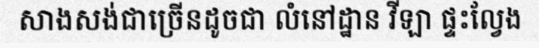
សាងសង់ជាច្រើនដូចជា លំនៅដ្ឋាន វីឡា ផ្ទះល្វែង